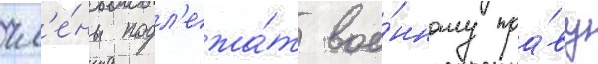
чл'е́ны подл'ежа́т вое́нному пра́ву